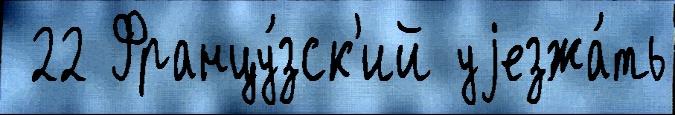
 22 Францу́зск'ий уjезжа́ть